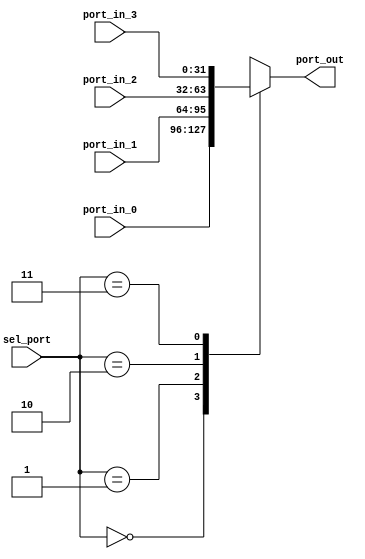
module Mux4 (
input [1:0] sel_port,
input   [31:0] port_in_0,
input   [31:0] port_in_1,
input   [31:0] port_in_2,
input   [31:0] port_in_3,
output reg [31:0] port_out 
);

always @(*) begin
    case (sel_port)
      2'd0: port_out <= port_in_0;
      2'd1: port_out <= port_in_1;
      2'd2: port_out <= port_in_2;
      2'd3: port_out <= port_in_3;
    endcase
end
endmodule